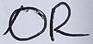
Text: OR